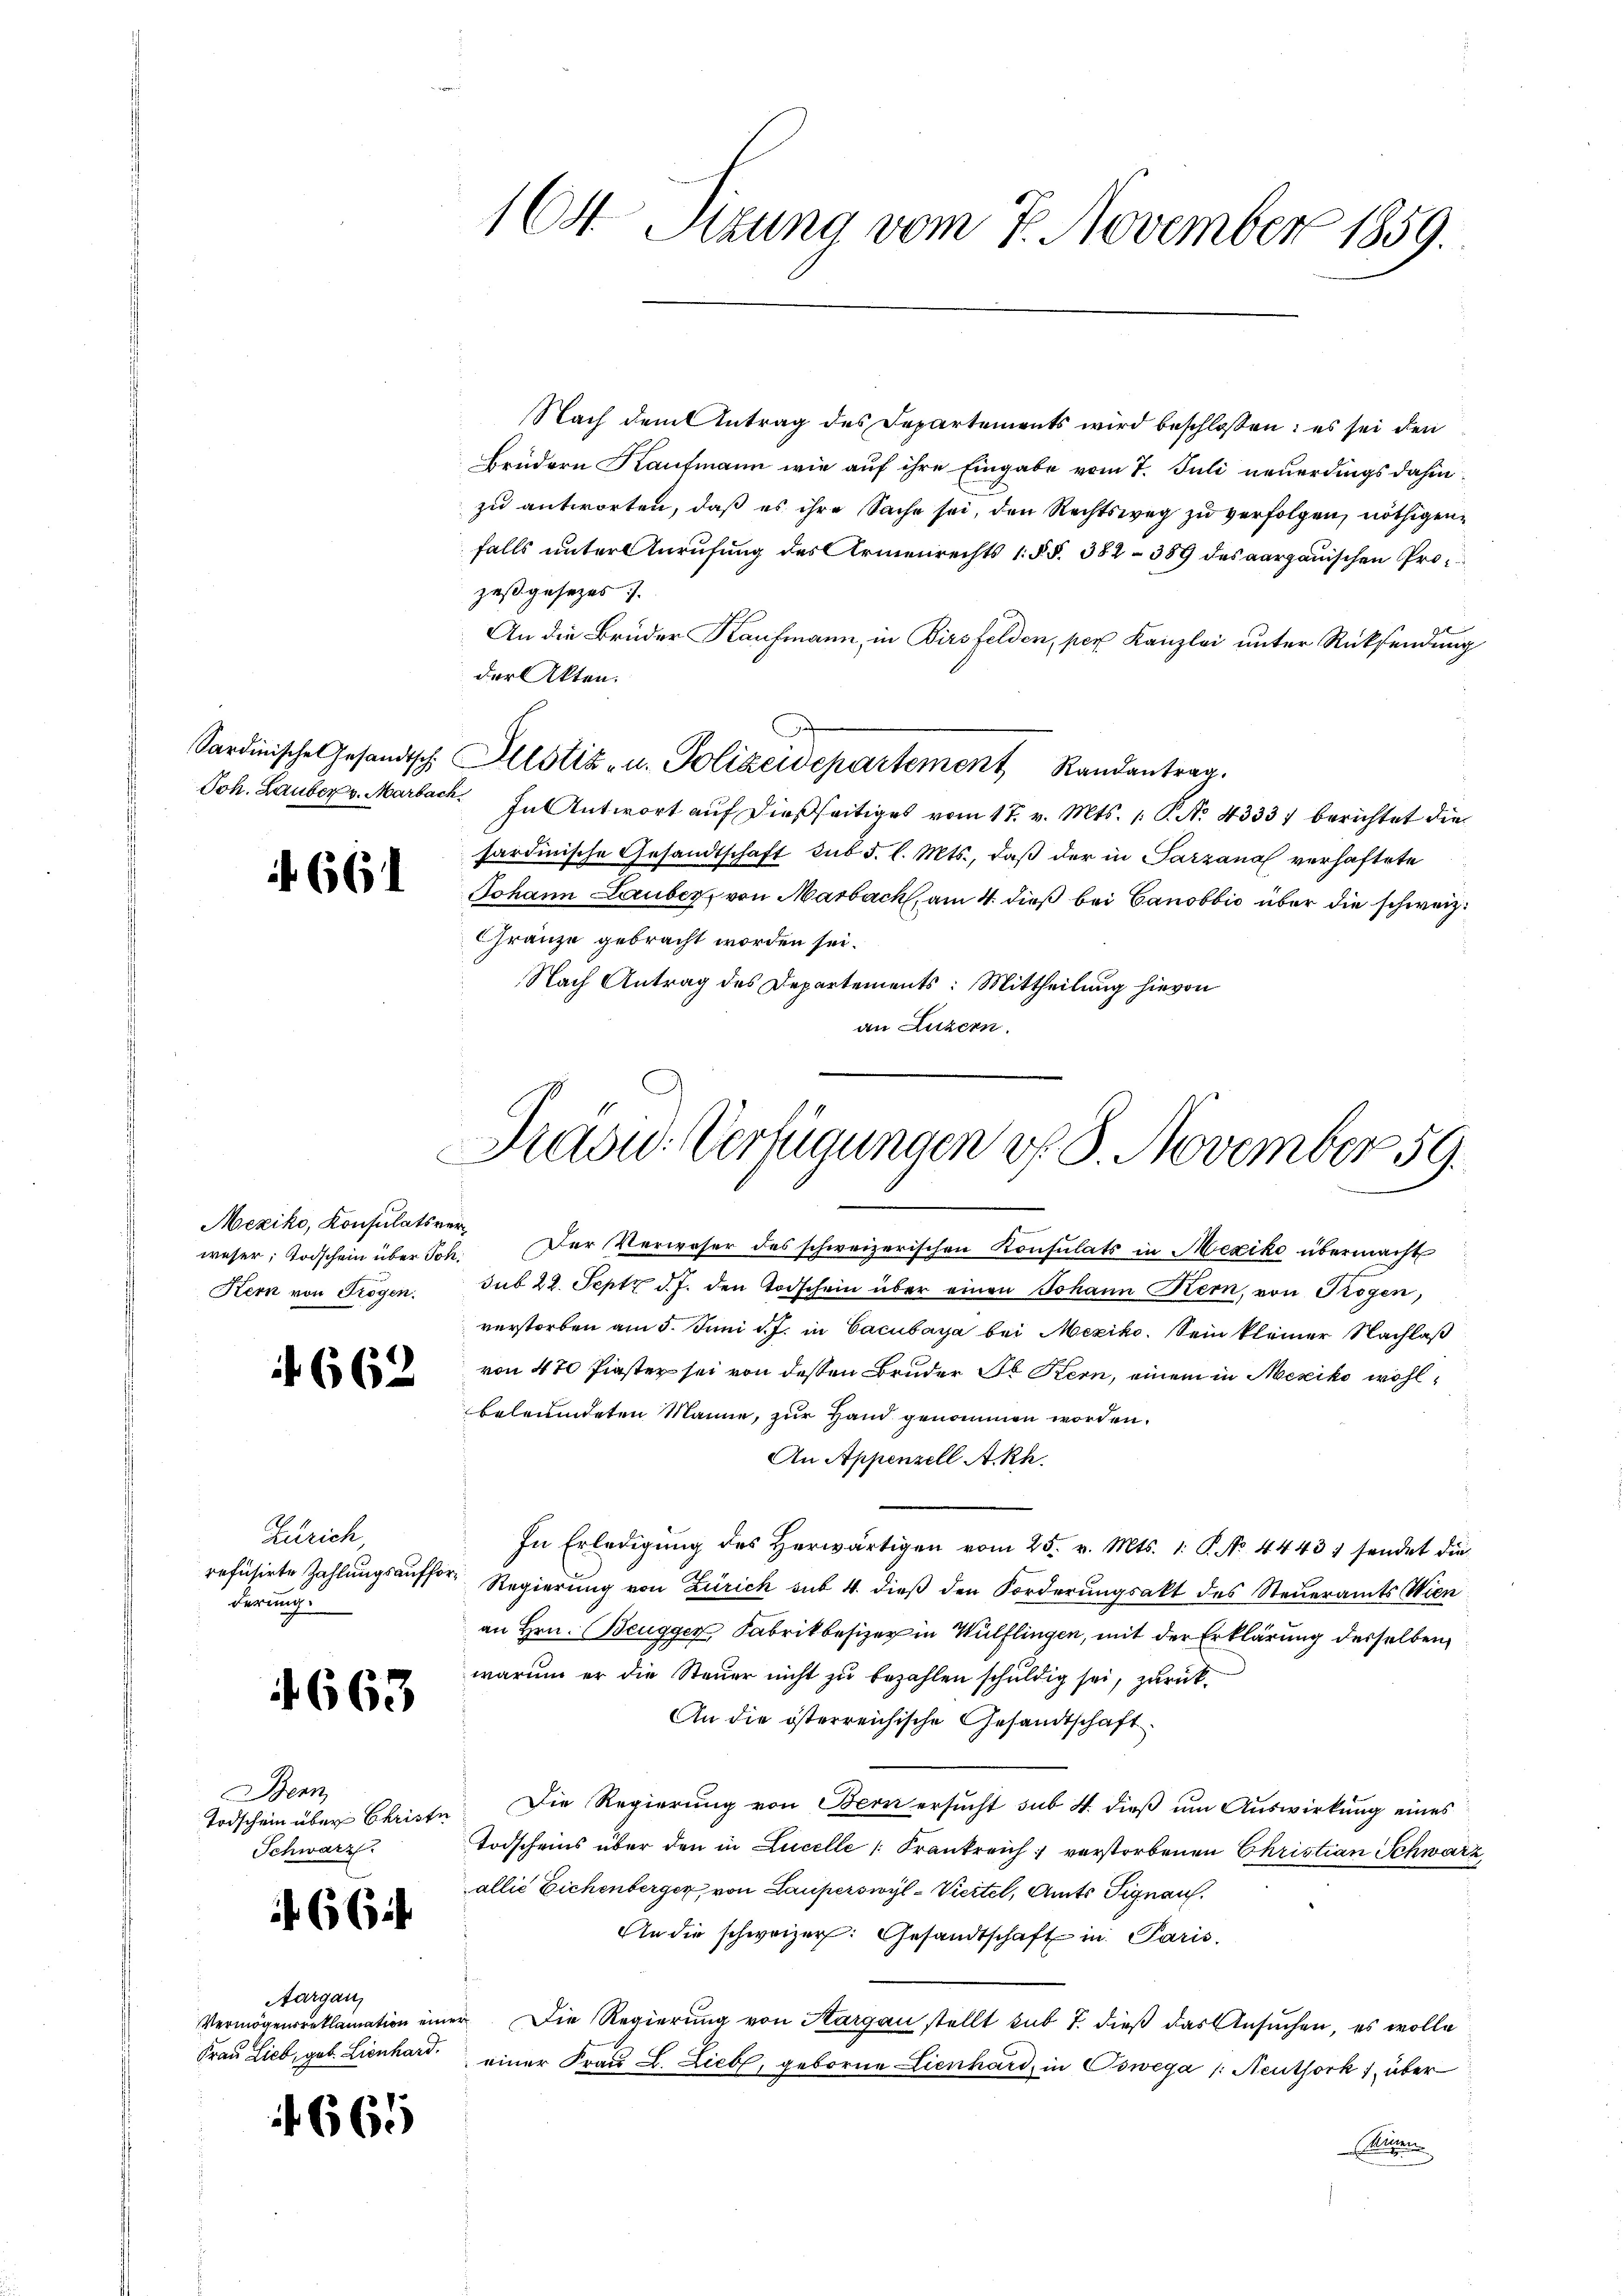
661

Mexiko, Konsulatsverweser Todschein über Joh:
Kern von Trogen.

662.

Zürich
refüsirte Zahlungsaufforderung.

4663

Benn
Schwarz.

66 f

Aargau,

665

Nach dem Antrag des Departements wird beschlossen: es sei den
Brüdern Kaufmann wie auf ihre Eingabe vom 7. Juli neuerdings dahinzu antworten, daß es ihre Sache sei, den Rechtsweg zu verfolgen, nöthigen
falls unter Zurufung des Armenrechts 1 § §. 382 - 389 des aargauischen Prozeßgesetzes
An die Brüder Kaufmann, in Birsfelden, per Kanzlei unter Rücksendung
der Akten.
Sardinische Gesandtsch. Altstiz- u. Polizeidepartement Randantrag.
Joh. Lauber v. Marback. In Antwort auf dießseitiges vom 17. v. Mts. 1. P. No 4333) berichtet die
sardinische Gesandtschaft sub. 5. l. Mts., daß der in Parzanal verhaftete
Johann Lauber, von Marbach, am 4. dieß bei Canobbio über die schweiz.
Gränze gebracht worden sei.
Nach Antrag des Departements: Mittheilung hievon
an Luzern.

164. Sitzung vom 7. November 1859.

Drasu: Verfügungen v. 8. November 59.
.

Der Verweser des schweizerischen Konsulats in Mexiko übermacht
sub 28. Sept d. J. den Todschein über einen Johann Kern, von Trogen,
verstorben am 5. Juni d. J. in Cacubara bei Mexiko. Sein kleiner Nachlaß
von 470 finster sei von dessen Bruder St. Bern, einem in Mesiko wohlbeleumdeten Manne, zur Hand genommen worden.
An Appenzell A.-Rh.
In Erledigŭng des herwärtigen vom 25. v. Mts. 1. P. No. 4443; sendet die
Regierung von Zürich sub 4. dieß den Forderungsakt des Steueramts Wien
an Hrn. Beugger Fabrikbesizer in Wülflingen, mit der Erklärung desselben
warum er die Steuer nicht zu bezahlen schuldig sei, zurück¬
An die österreichische Gesandtschaft
Todschein über Christe. Die Regierung von Bern ersucht sub. 4. dieß um Auswirkung eines
Todscheins über den in Lucelle Frankreich verstorbenen Christian Schwarz
allié Eichenberger von Lauperswyl = Viertel, Amts Signau.
An die schweizer: Gesandtschaft in Paris.
Vermögensreklamation einer Die Regierung von Hargau stellt sub 7. dieß das Ansuchen, es wolle
Frau Lieb, geb. Lienhard einer Fraŭ L. Liebe, geborne Lienhard, in Oswega /: Neuthork 1 über
Kenn